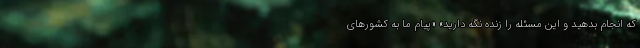
که انجام بدهید و این مسئله را زنده نگه دارید» «پیام ما به کشورهای